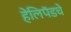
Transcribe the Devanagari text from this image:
हेलिपॅडचे